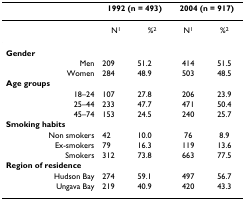
<table><thead><tr><td></td><td colspan="2"><b>1992 (n = 493)</b></td><td colspan="2"><b>2004 (n = 917)</b></td></tr></thead><tbody><tr><td></td><td>N<sup>1</sup></td><td>%<sup>2</sup></td><td>N<sup>1</sup></td><td>%<sup>2</sup></td></tr><tr><td><b>Gender</b></td><td></td><td></td><td></td><td></td></tr><tr><td>Men</td><td>209</td><td>51.2</td><td>414</td><td>51.5</td></tr><tr><td>Women</td><td>284</td><td>48.9</td><td>503</td><td>48.5</td></tr><tr><td><b>Age groups</b></td><td></td><td></td><td></td><td></td></tr><tr><td>18–24</td><td>107</td><td>27.8</td><td>206</td><td>23.9</td></tr><tr><td>25–44</td><td>233</td><td>47.7</td><td>471</td><td>50.4</td></tr><tr><td>45–74</td><td>153</td><td>24.5</td><td>240</td><td>25.7</td></tr><tr><td><b>Smoking habits</b></td><td></td><td></td><td></td><td></td></tr><tr><td>Non smokers</td><td>42</td><td>10.0</td><td>76</td><td>8.9</td></tr><tr><td>Ex-smokers</td><td>79</td><td>16.3</td><td>119</td><td>13.6</td></tr><tr><td>Smokers</td><td>312</td><td>73.8</td><td>663</td><td>77.5</td></tr><tr><td><b>Region of residence</b></td><td></td><td></td><td></td><td></td></tr><tr><td>Hudson Bay</td><td>274</td><td>59.1</td><td>497</td><td>56.7</td></tr><tr><td>Ungava Bay</td><td>219</td><td>40.9</td><td>420</td><td>43.3</td></tr></tbody></table>